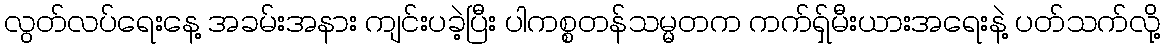
လွတ်လပ်ရေးနေ့ အခမ်းအနား ကျင်းပခဲ့ပြီး ပါကစ္စတန်သမ္မတက ကက်ရှ်မီးယားအရေးနဲ့ ပတ်သက်လို့